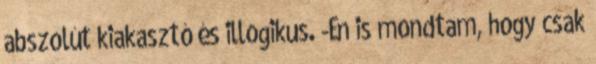
abszolút kiakasztó és illogikus. -Én is mondtam, hogy csak